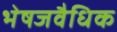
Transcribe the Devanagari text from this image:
भेषजवैधिक